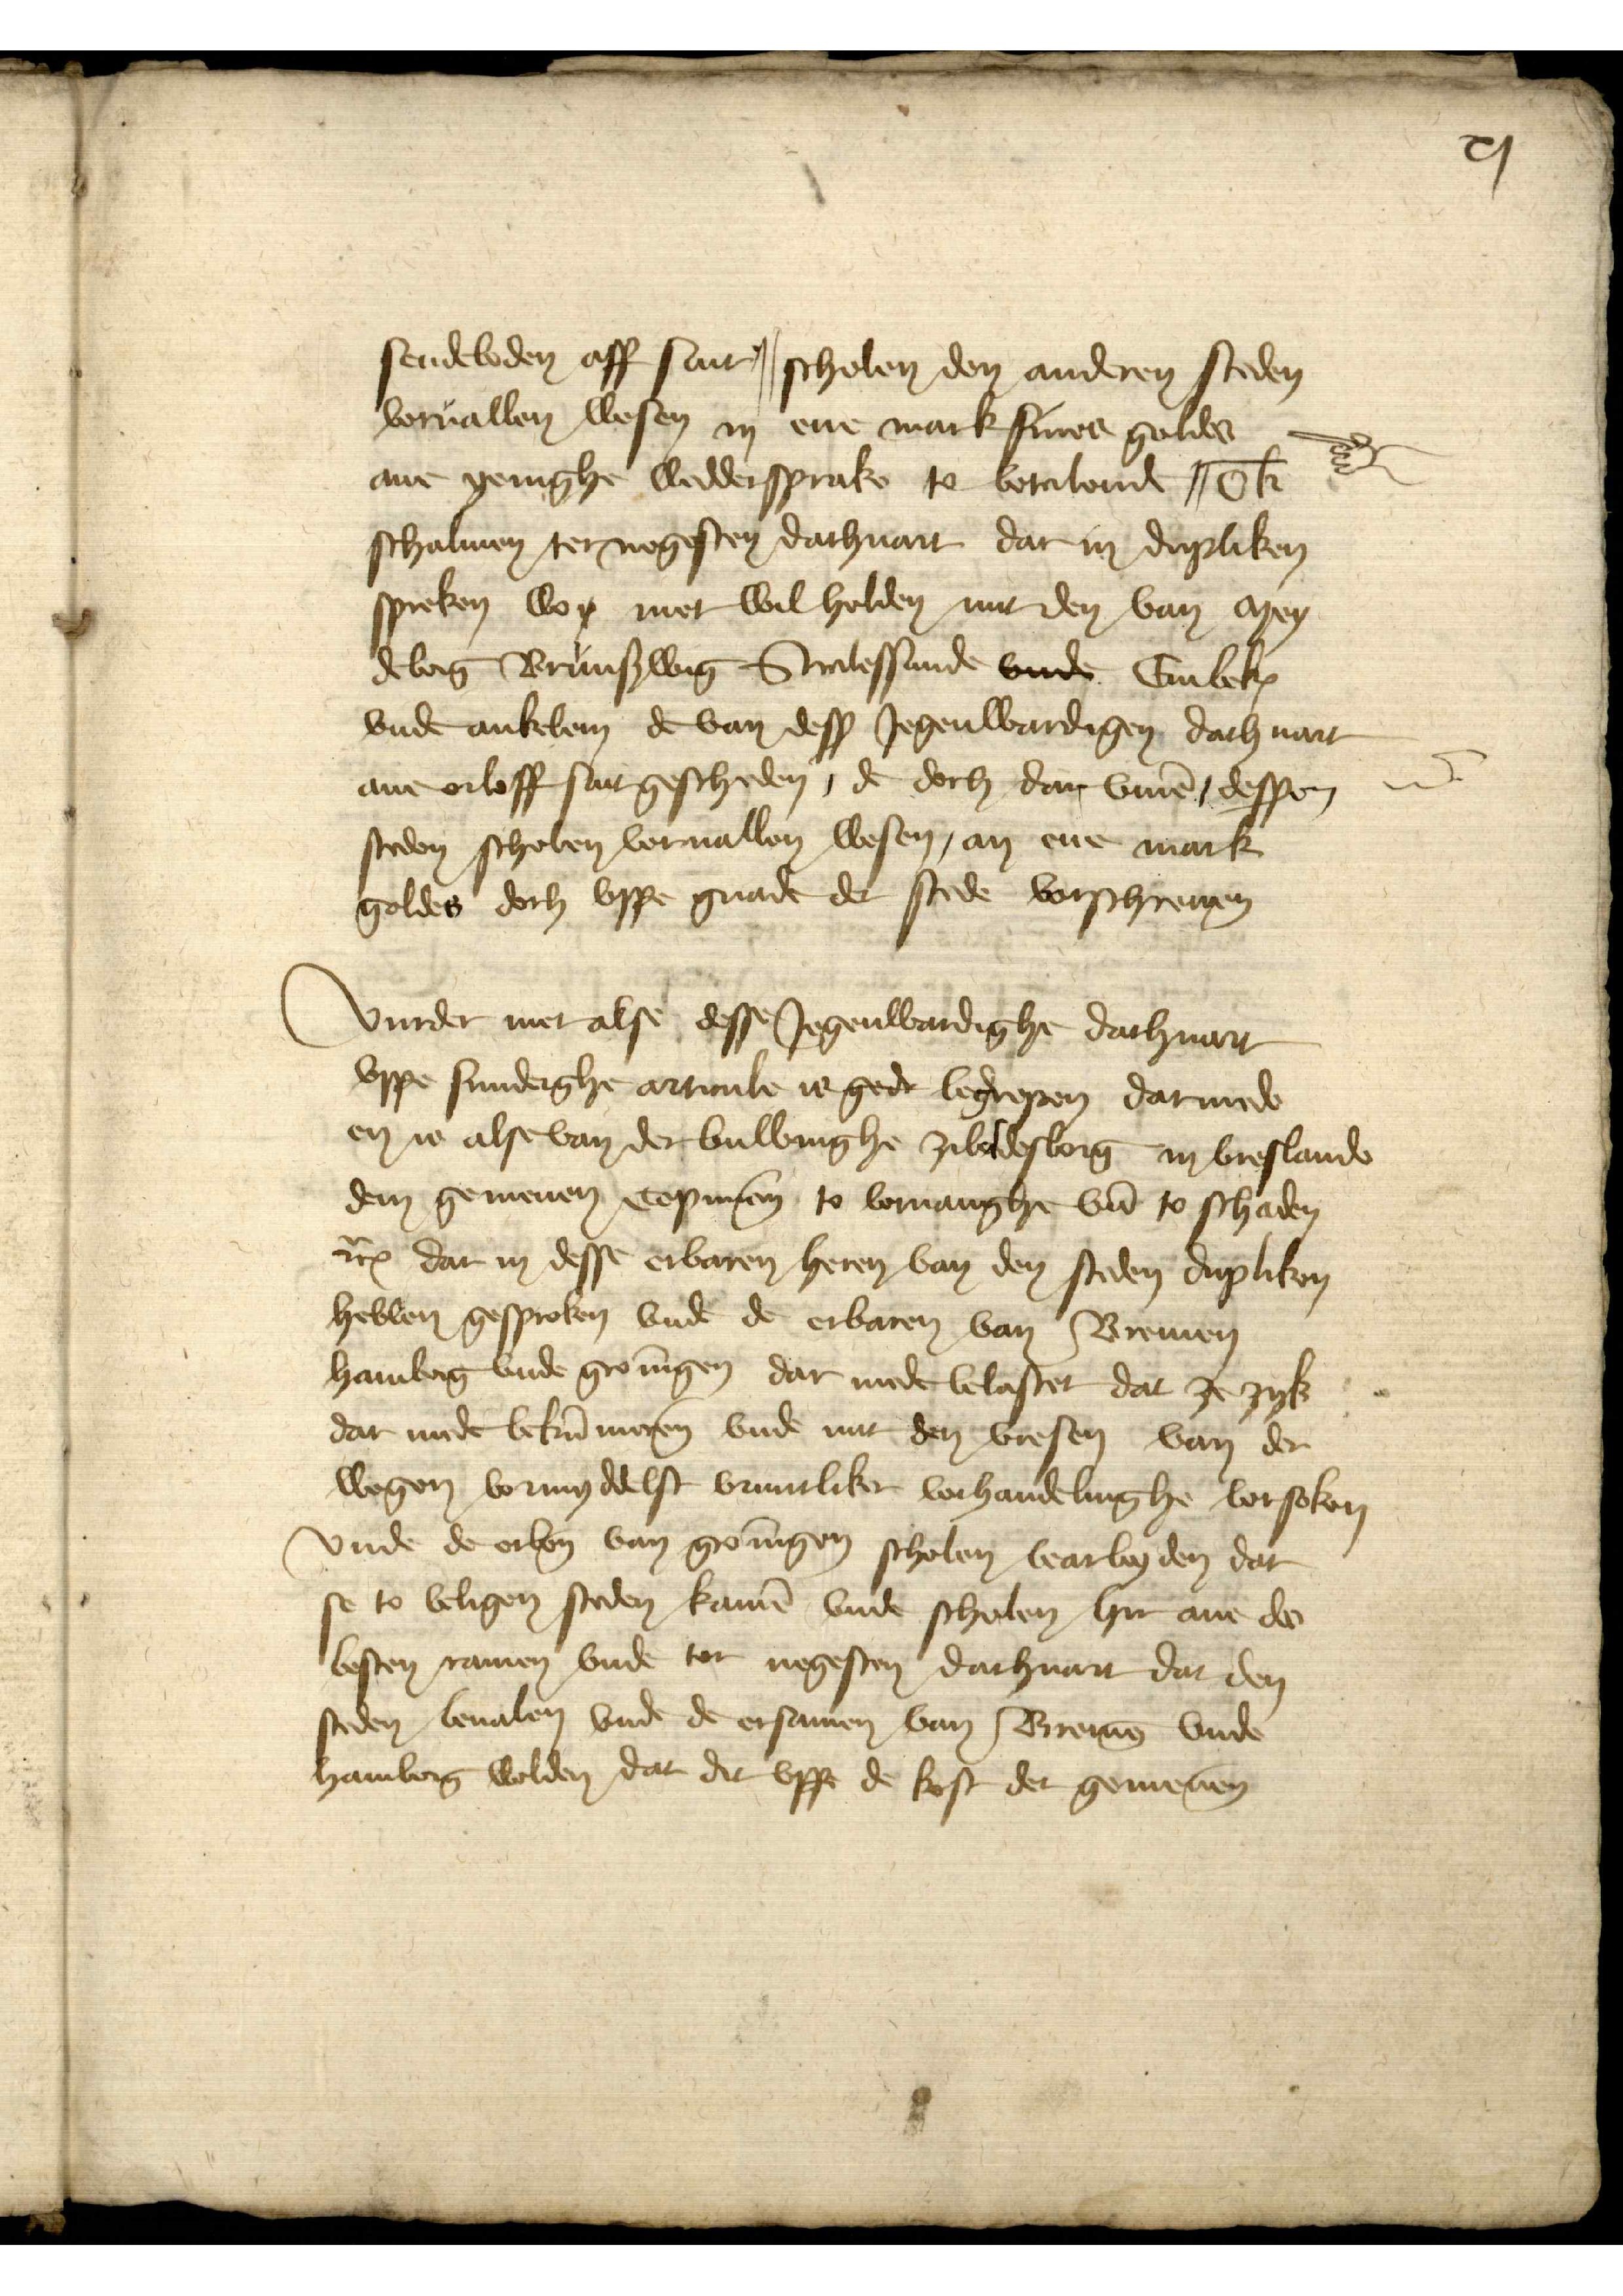
XI

sendeboden aff sint || scholen den anderen steden
voruallen wesen in ene mark fines goldes
ane yenighe weddersprake to betalende || ok
schalmen ter negesten dachuart dar in dupliken
spreken wo mer wil holden mit den van Mey¬
deborch Brunswig Stralessunde vnde Embeke
vnde Ankelem de van desß Jegenwardigen dach uart
ane orloff sint gescheden, de doch dar v̄me dessen
steden scholen voruallen wesen, an ene mark
goldes dorch vppe gnade der stede vorschreuen

vurder mer alse desse Jegenwardighe dachuart
vppe sunderghe articule is gert begrepen darmede
en is alse van der buwinghe Zibeldesborg in Vreslande
dem gemenen, Copmann, to voruanghe vnd to schaden
etcetera dar in desse erbaren heren van den steden dupliken
hebben gesproken vnde der erbaren van Bremen
Hamborg vnde Groningen dar mede belastet dat ze zyk
dat mede bekummeren vnde mit den vresen van der
wegen, vormydelst vruntliker vorhandelinghe vorsoken
vnde de erben̄ van Groningen scholen bearbeyden dar
se to veligen steden kamen vnde scholen hir ane der
besten ramen vnde tor negesten dachuart dar den
steden, beualen vnde de ersamen van Bremen vnde
Hamborg wolden, dat de vppe de kost der gemenen